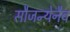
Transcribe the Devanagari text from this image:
सौजन्येनैव